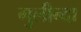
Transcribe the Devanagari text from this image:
गुलीन्दा